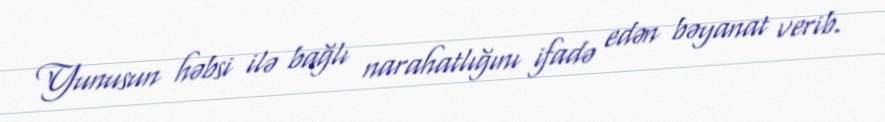
Yunusun həbsi ilə bağlı narahatlığını ifadə edən bəyanat verib.